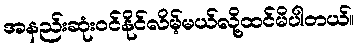
အနည်းဆုံးဝင်နိုင်လိမ့်မယ်လို့ထင်မိပါတယ်။